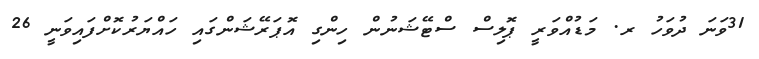
31ވަނަ ދުވަހު ރ. މަޑުއްވަރީ ޕޮލިސް ސްޓޭޝަނުން ހިންގި އޮޕަރޭޝަންގައި ހައްޔަރުކޮށްފައިވަނީ 26